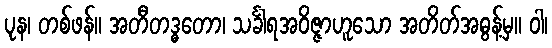
ပုန၊ တစ်ဖန်။ အတီတဒ္ဓတော၊ သင်္ခါရအဝိဇ္ဇာဟူသော အတိတ်အဓွန့်မှ။ ဝါ၊